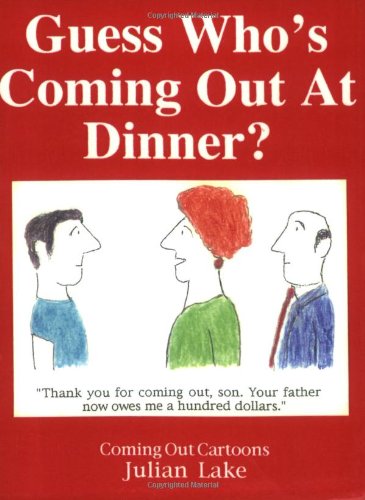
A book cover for Guess Who's Coming Out At Dinner?; Julian Lake; Gay & Lesbian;